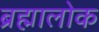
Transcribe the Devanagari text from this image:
ब्रह्मालोक